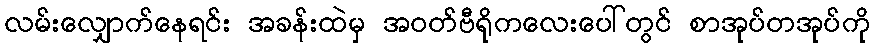
လမ်းလျှောက်နေရင်း အခန်းထဲမှ အဝတ်ဗီရိုကလေးပေါ်တွင် စာအုပ်တအုပ်ကို